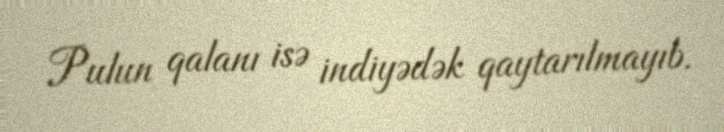
Pulun qalanı isə indiyədək qaytarılmayıb.